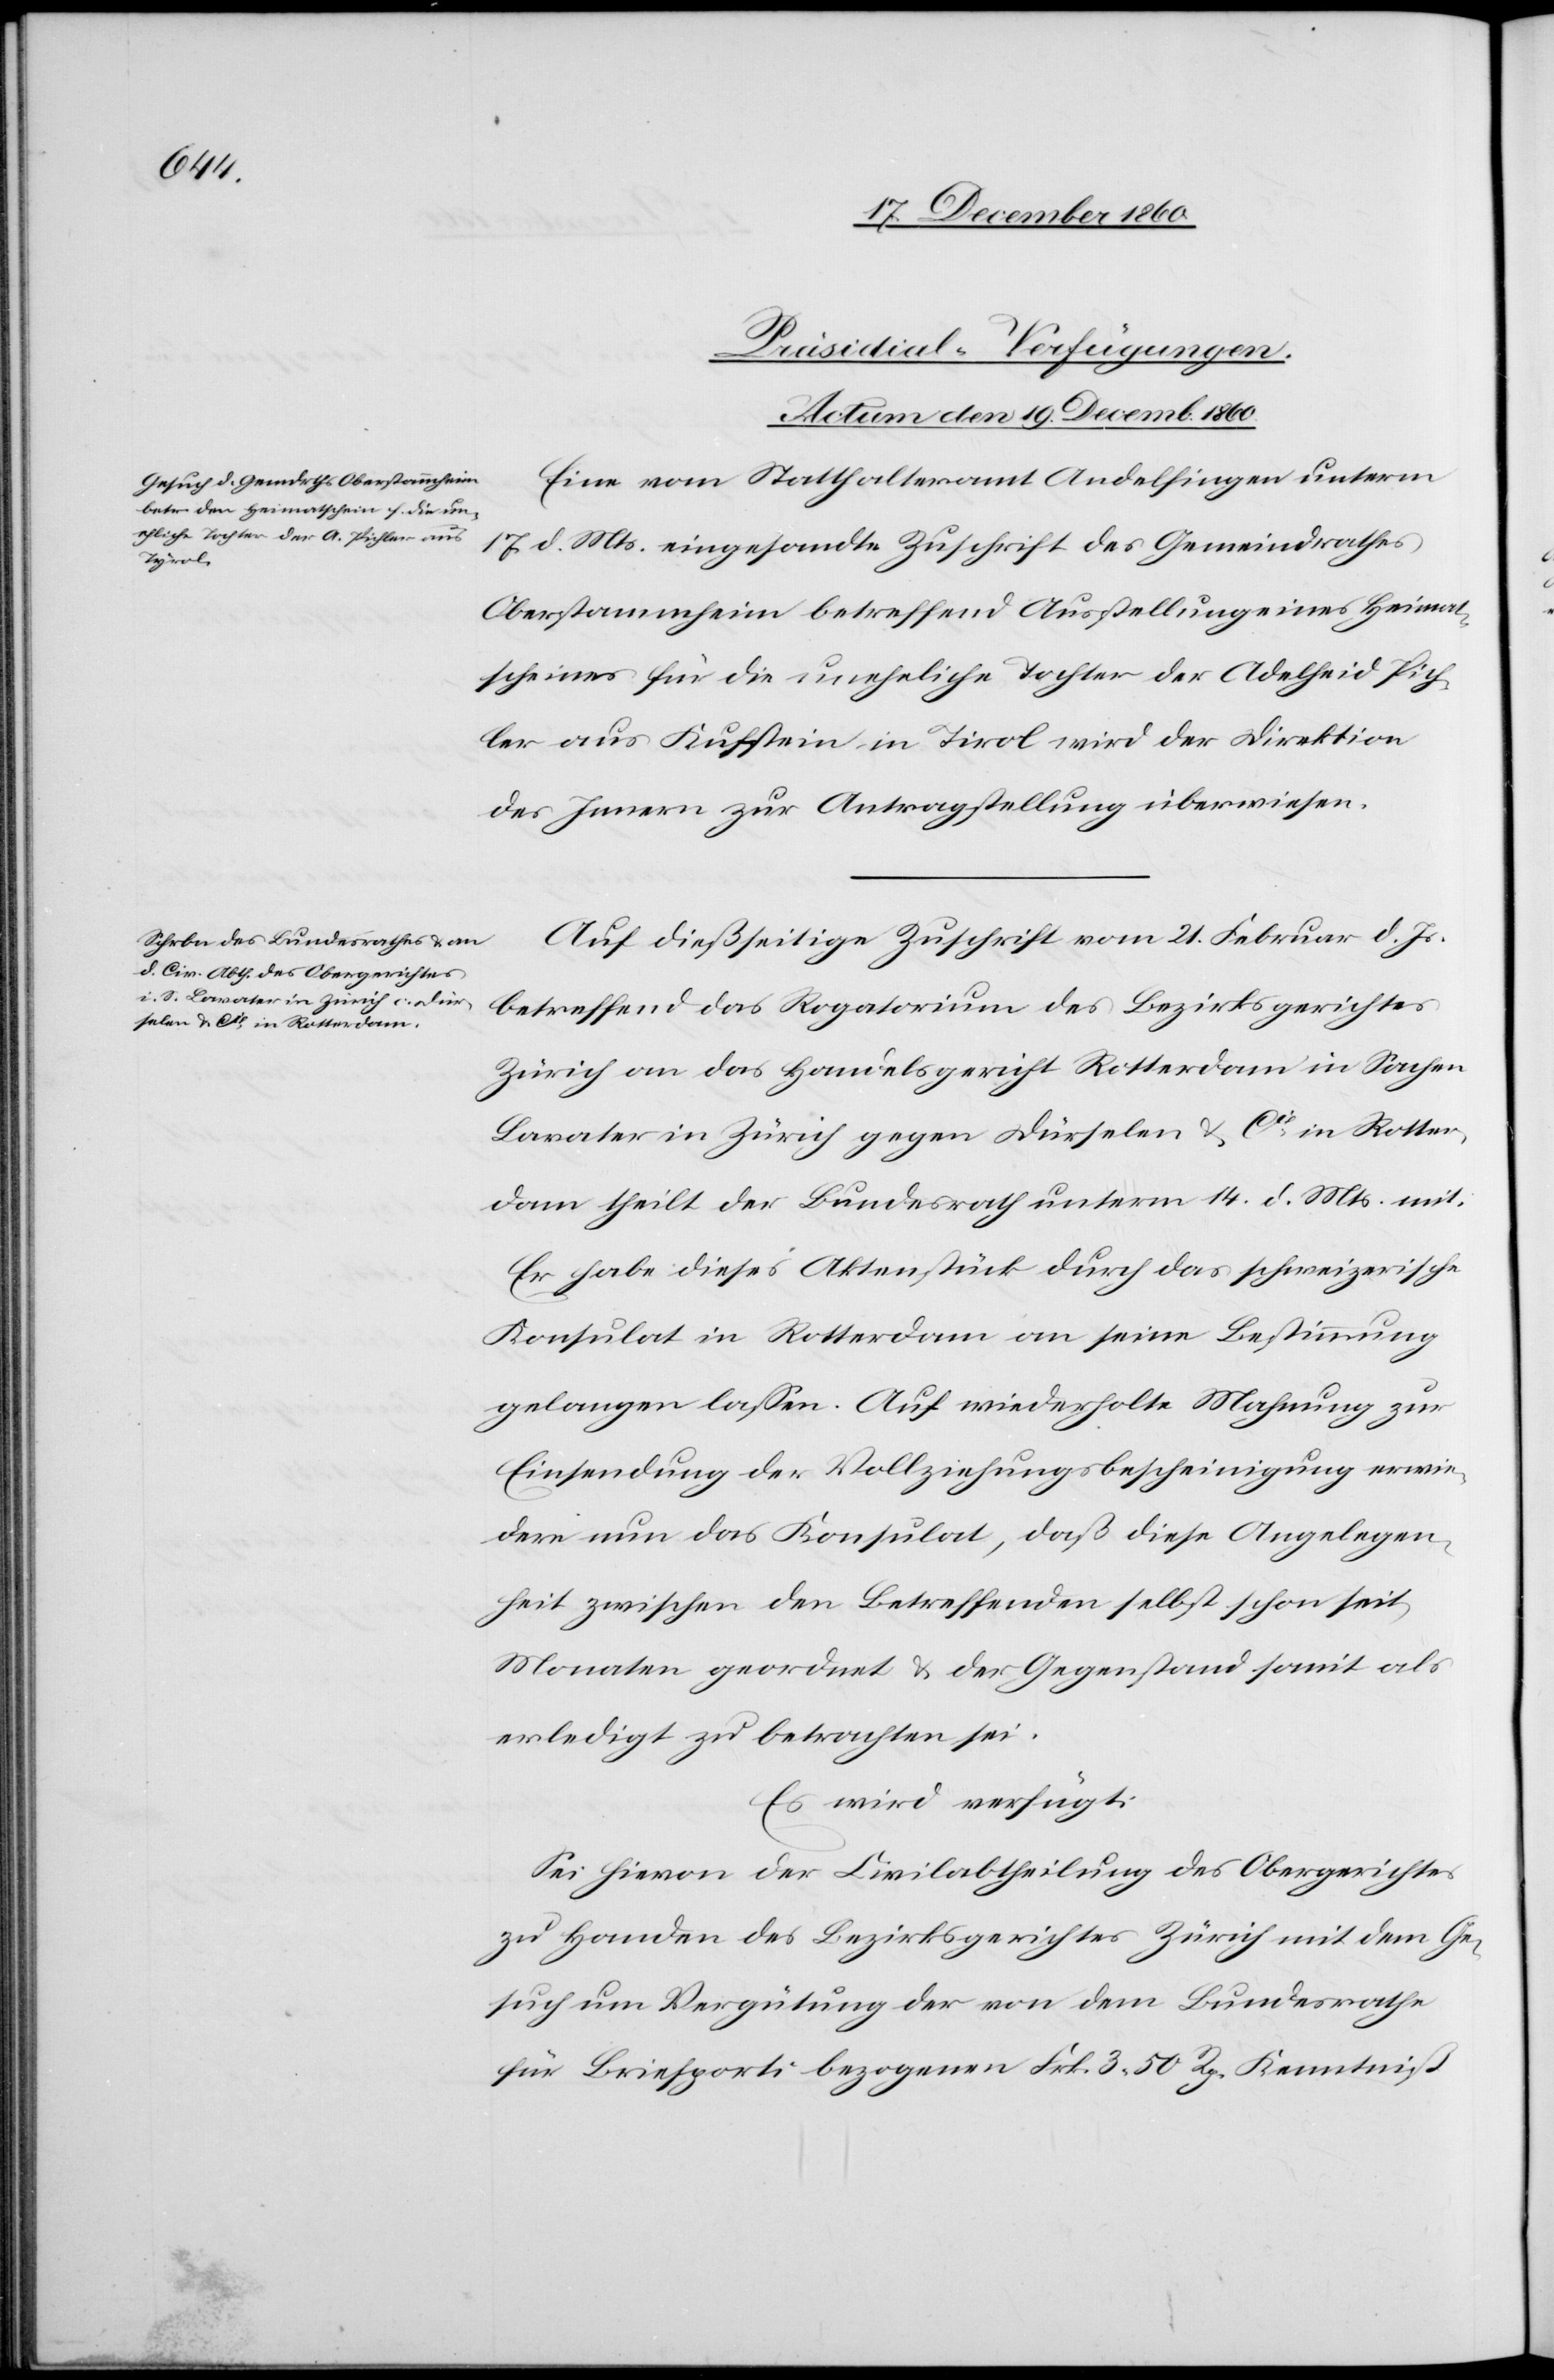
[Präsidial-Verfügungen.
Actum den 19. Decemb. 1860.]
Eine vom Statthalteramt Andelfingen unterm
17. d. Mts, eingesandte Zuschrift des Gemeindrathes
Oberstammheim betreffend Ausstellung eines Heimat¬
scheines für die uneheliche Tochter der Adelheid Pich¬
ler aus Kufstein in Tirol [sic!] wird der Direktion
des Innern zur Antragstellung überwiesen.
Auf dießseitige Zuschrift vom 21. Februar d. Js.
betreffend das Rogatorium des Bezirksgerichtes
Zürich an das Handelsgericht Rotterdam in Sachen
Lavater in Zürich gegen Dürselen & Cie in Rotter¬
dam theilt der Bundesrath unterm 14. d. Mts. mit:
Er habe dieses Aktenstück durch das schweizerische
Konsulat in Rotterdam an seine Bestimmung
gelangen lassen. Auf wiederholte Mahnung zur
Einsendung der Vollziehungsbescheinigung erwie¬
dere nun das Konsulat, daß diese Angelegen¬
heit zwischen den Betreffenden selbst schon seit
Monaten geordnet u. der Gegenstand somit als
erledigt zu betrachten sei.
Es wird verfügt:
Sei hievon der Civilabtheilung des Obergerichtes
zu Handen des Bezirksgerichtes Zürich mit dem Ge¬
such um Vergütung der von dem Bundesrathe
für Briefporti bezogenen Frk. 3 50 Rp. Kenntniß